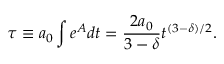
\tau \equiv a _ { 0 } \int e ^ { A } d t = \frac { 2 a _ { 0 } } { 3 - \delta } t ^ { ( 3 - \delta ) / 2 } .